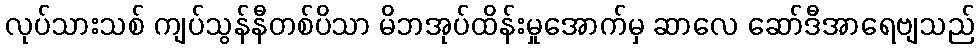
လုပ်သားသစ် ကျပ်သွန်နီတစ်ပိသာ မိဘအုပ်ထိန်းမှုအောက်မှ ဆာလေ ဆော်ဒီအာရေဗျသည်